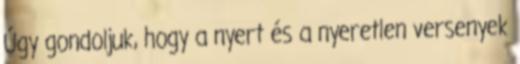
Úgy gondoljuk, hogy a nyert és a nyeretlen versenyek